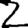
Digit: 2